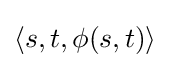
\langle s,t,\phi (s,t)\rangle